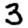
Digit: 3